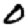
Digit: 0